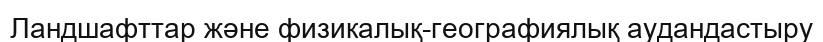
Ландшафттар және физикалық-географиялық аудандастыру